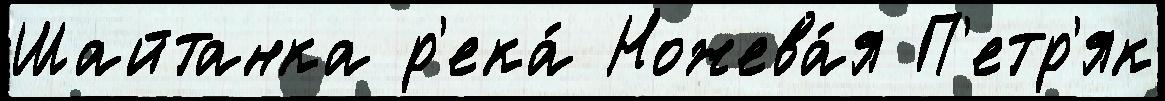
Шайтанка р'ека́ Ножева́я П'етр'як